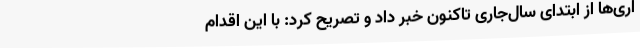
اری‌ها از ابتدای سال‌جاری تاکنون خبر داد و تصریح کرد: با این اقدام